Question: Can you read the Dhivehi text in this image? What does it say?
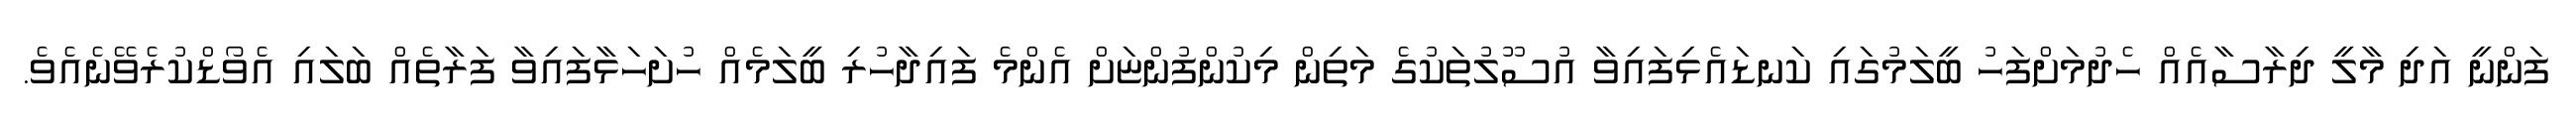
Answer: ފަންނީ އަދި މާލީ ދިރާސާއެއް ހެދުމަށްފަހު ބީލަމުގައި ކަނޑައެޅިފައިވާ އުސޫލުތަކުގެ މަތިން މިކުންފުންޏަށް އެންމެ ފައިދާހުރި ބީލަމެއް ހުށަހަޅާފައިވާ ފަރާތެއް ބަލައި އެވޯޑްކުރެވޭނެއެވެ.